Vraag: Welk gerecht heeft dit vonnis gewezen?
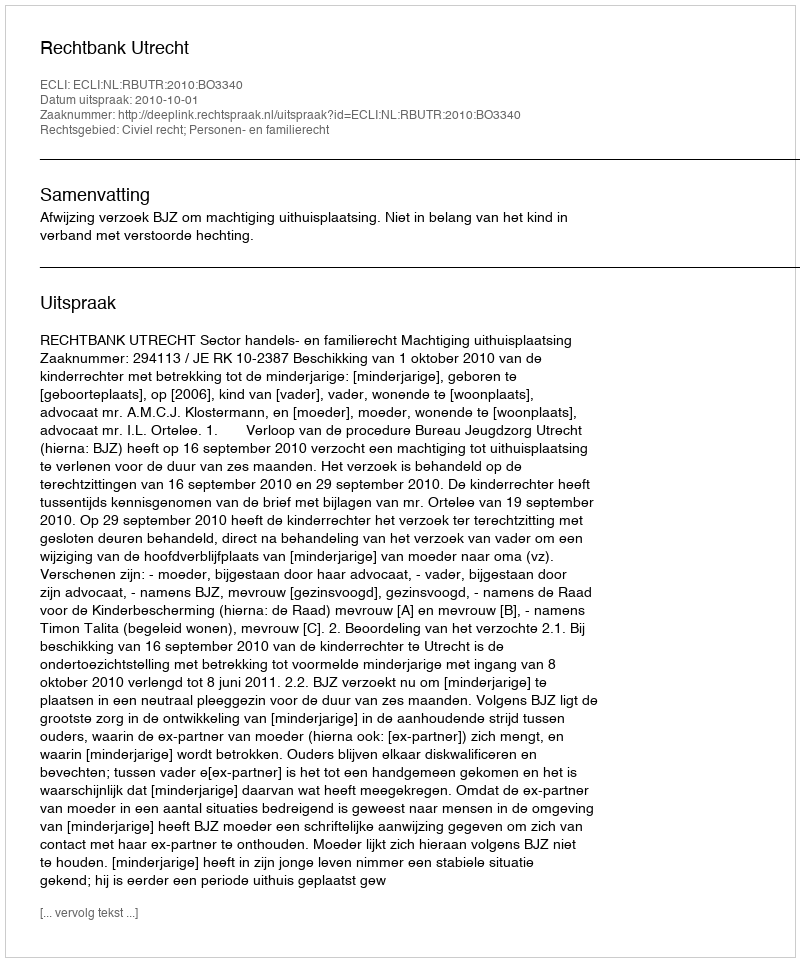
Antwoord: Rechtbank Utrecht